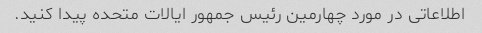
اطلاعاتی در مورد چهارمین رئیس جمهور ایالات متحده پیدا کنید.